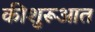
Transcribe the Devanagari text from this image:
कीशुरूआत